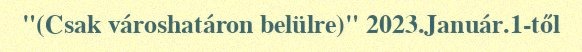
"(Csak városhatáron belülre)" 2023.Január.1-től